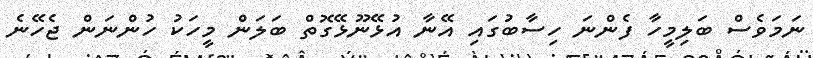
ނަމަވެސް ބަލިމީހާ ފެންނަ ހިސާބުގައި އޭނާ އުޅޭނޫޅޭގޮތް ބަލަން މީހަކު ހުންނަން ޖެހޭނެ